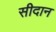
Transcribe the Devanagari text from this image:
सीदान